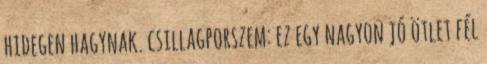
hidegen hagynak. csillagporszem: ez egy nagyon jó ötlet fél